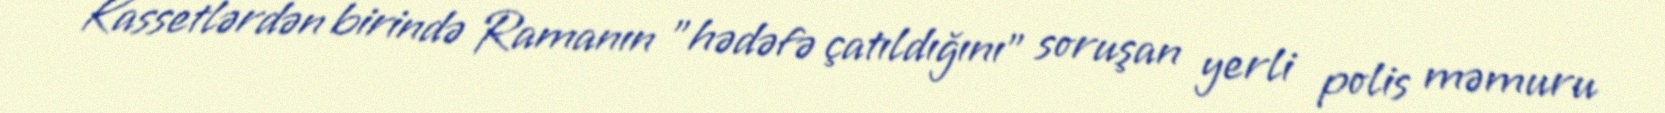
Kassetlərdən birində Ramanın "hədəfə çatıldığını" soruşan yerli polis məmuru